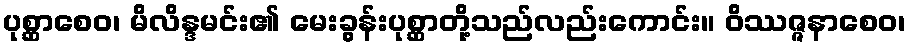
ပုစ္ဆာစေဝ၊ မိလိန္ဒမင်း၏ မေးခွန်းပုစ္ဆာတို့သည်လည်းကောင်း။ ဝိဿဇ္ဇနာစေဝ၊